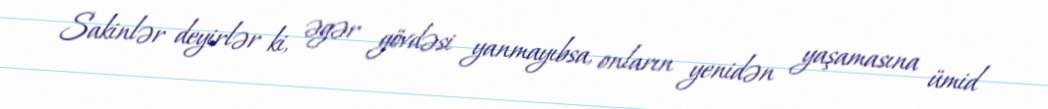
Sakinlər deyirlər ki, əgər gövdəsi yanmayıbsa, onların yenidən yaşamasına ümid